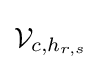
{\mathcal {V}}_{c,h_{r,s}}